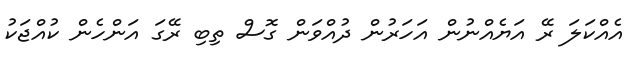
އެއްކަލަ ރޭ އަޔެއްނުން އަހަރުން ދުއްވަން ގޮސް ތިބި ރޭގަ އަންހެން ކުއްޖަކު